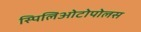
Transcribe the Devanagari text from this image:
स्पिलिओटोपोलस